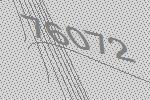
76072